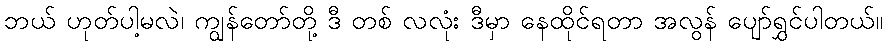
ဘယ် ဟုတ်ပါ့မလဲ၊ ကျွန်တော်တို့ ဒီ တစ် လလုံး ဒီမှာ နေထိုင်ရတာ အလွန် ပျော်ရွှင်ပါတယ်။